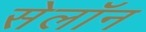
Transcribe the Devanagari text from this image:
सेलॉन